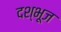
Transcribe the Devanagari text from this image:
दश्भूज